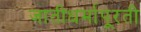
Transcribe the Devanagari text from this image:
जातीधर्मापूरती